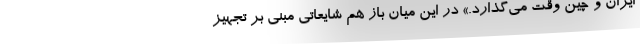
ایران و چین وقت می‌گذارد.» در این میان باز هم شایعاتی مبنی بر تجهیز